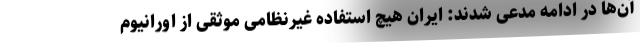
آن‌ها در ادامه مدعی شدند: ایران هیچ استفاده غیرنظامی موثقی از اورانیوم